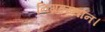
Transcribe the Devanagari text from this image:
निग्रहस्थान।